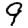
Digit: 9